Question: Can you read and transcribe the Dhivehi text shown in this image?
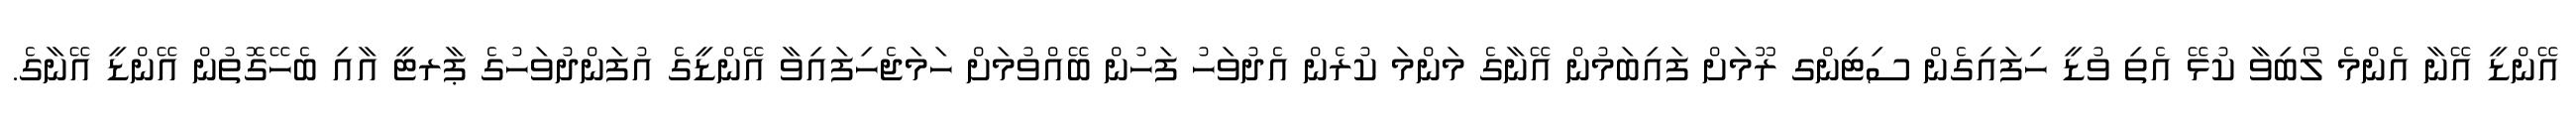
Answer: އޭންޑީ އޭނާ އެންމެ ލޯބިވާ ކުޅޭ އެތި ވުޑީ ހިފައިގެން ސިޓިންގ ރޫމަށް ފައިބަމުން އޭނާގެ މަންމަ ކުރެން އެދުވަހު ފަހުން ބޭއްވުމަށް ހަމަޖެހިފައިވާ އޭންޑީގެ އުފަންދުވަހުގެ ޕާރޓީ އާއި ބެހޭގޮތުން އޭންޑީ އޭނާގެ.